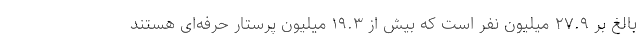
بالغ بر ۲۷.۹ میلیون نفر است که بیش از ۱۹.۳ میلیون پرستار حرفه‌ای هستند